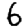
Digit: 6